Problem: 10 - 5 = ?
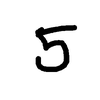
Handwritten answer: 5